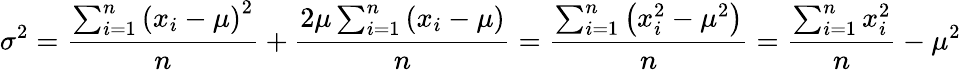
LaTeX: \sigma^{2}={\frac{\sum_{i=1}^{n}\left(x_{i}-\mu\right)^{2}}{n}}+{\frac{2\mu\sum_{i=1}^{n}\left(x_{i}-\mu\right)}{n}}={\frac{\sum_{i=1}^{n}\left(x_{i}^{2}-\mu^{2}\right)}{n}}={\frac{\sum_{i=1}^{n}x_{i}^{2}}{n}}-\mu^{2}